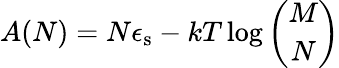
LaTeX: A(N)=N\epsilon_{\mathrm{s}}-kT\log\binom{M}{N}